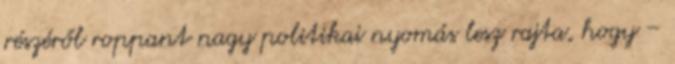
részéről roppant nagy politikai nyomás lesz rajta, hogy –